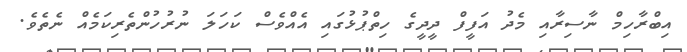
އިބްރާހިމް ނާސިރާއި މެދު އަފީފް ދީދީގެ ހިތްޕުޅުގައި އެއްވެސް ކަހަލަ ނުރުހުންތެރިކަމެއް ނެތެވެ.